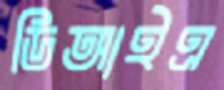
ডিআইএ